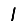
Digit: 1